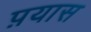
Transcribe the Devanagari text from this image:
प़यास